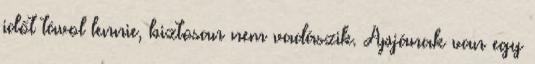
időt távol lennie, biztosan nem vadászik. Apjának van egy